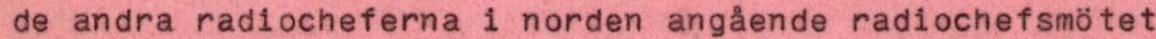
de andra radiocheferna i norden angående radiochefsmötet